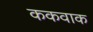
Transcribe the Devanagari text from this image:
ककवाक